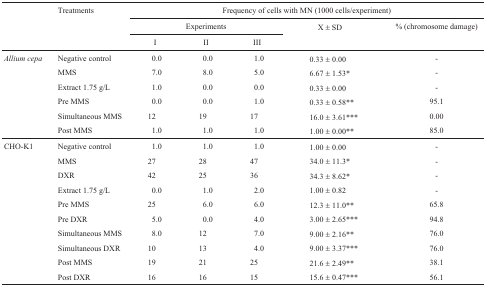
|  | Treatments | <COLSPAN=6> Frequency of cells with MN (1000 cells/experiment) |
 |  |  | <COLSPAN=3> Experiments | X ± SD |  | % (chromosome damage) |
 |  |  | I | II | III |  |  |  |
 | --- | --- | --- | --- | --- | --- | --- | --- |
 | Allium cepa | Negative control | 0.0 | 0.0 | 1.0 | 0.33 ± 0.00 |  | - |
 |  | MMS | 7.0 | 8.0 | 5.0 | 6.67 ± 1.53* |  | - |
 |  | Extract 1.75 g/L | 1.0 | 0.0 | 0.0 | 0.33 ± 0.00 |  | - |
 |  | Pre MMS | 0.0 | 0.0 | 1.0 | 0.33 ± 0.58** |  | 95.1 |
 |  | Simultaneous MMS | 12 | 19 | 17 | 16.0 ± 3.61*** |  | 0.00 |
 |  | Post MMS | 1.0 | 1.0 | 1.0 | 1.00 ± 0.00** |  | 85.0 |
 | CHO-K1 | Negative control | 1.0 | 1.0 | 1.0 | 1.00 ± 0.00 |  | - |
 |  | MMS | 27 | 28 | 47 | 34.0 ± 11.3* |  | - |
 |  | DXR | 42 | 25 | 36 | 34.3 ± 8.62* |  | - |
 |  | Extract 1.75 g/L | 0.0 | 1.0 | 2.0 | 1.00 ± 0.82 |  | - |
 |  | Pre MMS | 25 | 6.0 | 6.0 | 12.3 ± 11.0** |  | 65.8 |
 |  | Pre DXR | 5.0 | 0.0 | 4.0 | 3.00 ± 2.65*** |  | 94.8 |
 |  | Simultaneous MMS | 8.0 | 12 | 7.0 | 9.00 ± 2.16** |  | 76.0 |
 |  | Simultaneous DXR | 10 | 13 | 4.0 | 9.00 ± 3.37*** |  | 76.0 |
 |  | Post MMS | 19 | 21 | 25 | 21.6 ± 2.49** |  | 38.1 |
 |  | Post DXR | 16 | 16 | 15 | 15.6 ± 0.47*** |  | 56.1 |